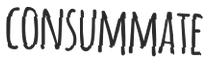
CONSUMMATE